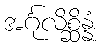
အင်္ဂုလိစ္ဆိန္နံ